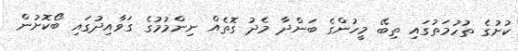
ކުށުގެ ތުހުމަތުގައި ތިބޭ މީހުންގެ ބަންދާ މެދު ގޮތެއް ނިންމުމުގެ ގަވާއިދުގައި ބޯކޮށުން